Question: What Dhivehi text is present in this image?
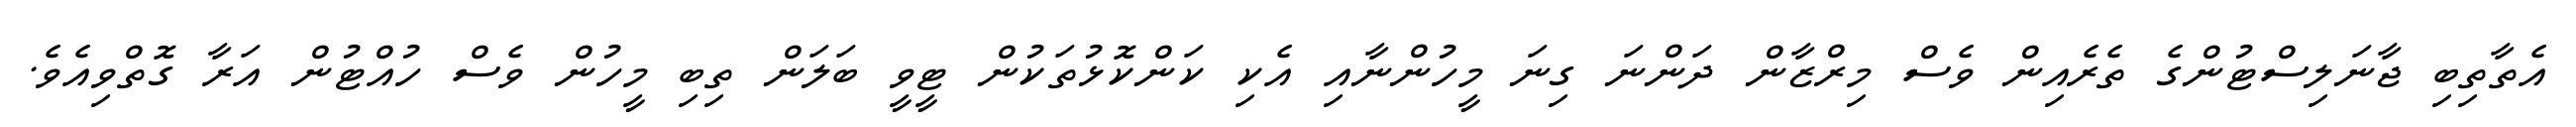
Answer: އެތާތިބި ޖާނަލިސްޓުންގެ ތެރެއިން ވެސް މިރްޒާން ދަންނަ ގިނަ މީހުންނާއި އެކި ކަންކޮޅުތަކުން ޓީވީ ބަލަން ތިބި މީހުން ވެސް ހުއްޓުން އަރާ ގޮތްވިއެވެ.